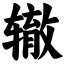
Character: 辙